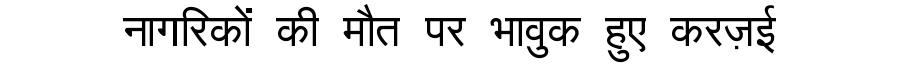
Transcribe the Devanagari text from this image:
नागरिकों की मौत पर भावुक हुए करज़ई